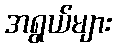
အရွယ်များ